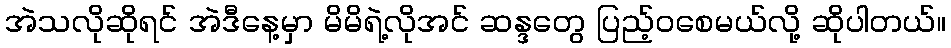
အဲသလိုဆိုရင် အဲဒီနေ့မှာ မိမိရဲ့လိုအင် ဆန္ဒတွေ ပြည့်ဝစေမယ်လို့ ဆိုပါတယ်။